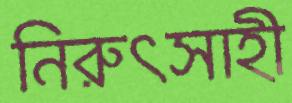
নিরুৎসাহী